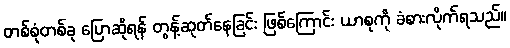
တစ်စုံတစ်ခု ပြောဆိုရန် တွန့်ဆုတ်နေခြင်း ဖြစ်ကြောင်း ယာစုကို ခံစားလိုက်ရသည်။